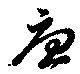
憂